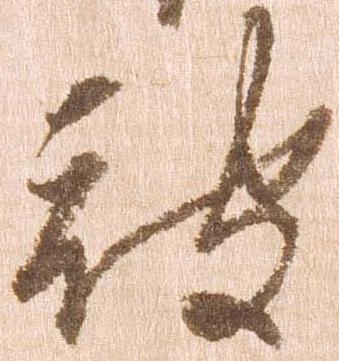
被